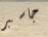
جاسبر